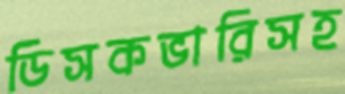
ডিসকভারিসহ